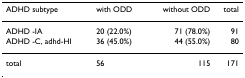
| ADHD subtype | with ODD | without ODD | total |
 | --- | --- | --- | --- |
 | ADHD -IA | 20 (22.0%) | 71 (78.0%) | 91 |
 | ADHD -C, adhd-HI | 36 (45.0%) | 44 (55.0%) | 80 |
 | total | 56 | 115 | 171 |